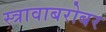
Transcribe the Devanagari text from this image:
स्त्रावाबरोबर